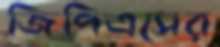
জিপিএসের